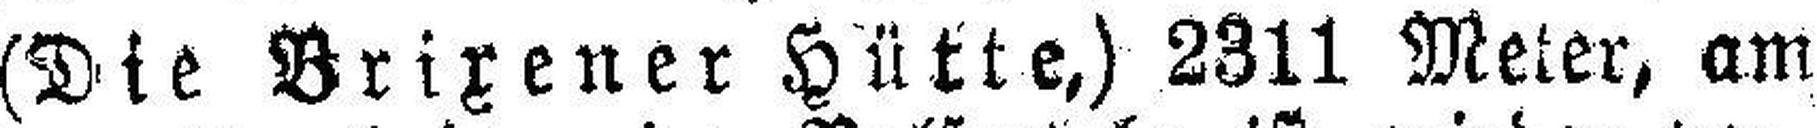
(Die Brixener Hütte,) 2311 Meter, am